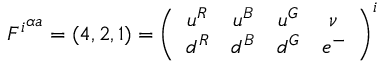
{ F ^ { i } } ^ { \alpha a } = ( 4 , 2 , 1 ) = \left( \begin{array} { c c c c } { { u ^ { R } } } & { { u ^ { B } } } & { { u ^ { G } } } & { { \nu } } \\ { { d ^ { R } } } & { { d ^ { B } } } & { { d ^ { G } } } & { { e ^ { - } } } \end{array} \right) ^ { i }